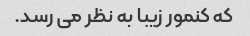
که کنمور زیبا به نظر می رسد.